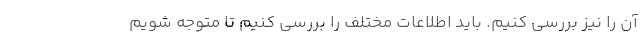
آن را نیز بررسی کنیم. باید اطلاعات مختلف را بررسی کنیم تا متوجه شویم